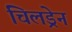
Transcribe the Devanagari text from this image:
चिलड्रेन